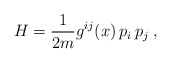
\begin{align*}H=\frac{1}{2m}g^{ij}(x)\, p_i\, p_j\;, \end{align*}